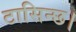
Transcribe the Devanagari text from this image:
टासिन्छ।